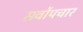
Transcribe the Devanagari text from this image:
सर्वोपचार